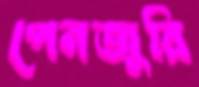
পেনজুরি